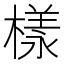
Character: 樣